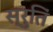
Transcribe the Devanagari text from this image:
स्रुतिं